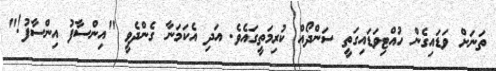
ތަނަަށް ވަޑައިގެން ހުއްޓިވަޑައިގަތީ ސަންދޯއް ކުރިމަތީގައެވެ. އަދި އެކަމަނާ ގެންދެވީ "އިންސާފު އިންސާފު!"